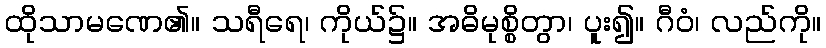
ထိုသာမဏေ၏။ သရီရေ၊ ကိုယ်၌။ အဓိမုစ္စိတွာ၊ ပူး၍။ ဂီဝံ၊ လည်ကို။